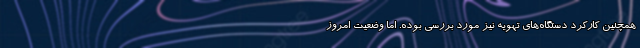
همچنین کارکرد دستگاه‌های تهویه نیز مورد بررسی بوده. اما وضعیت امروز